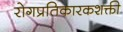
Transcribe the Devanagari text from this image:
रोगप्रतिकारकशक्ती